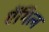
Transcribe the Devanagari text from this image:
ऐंगिल